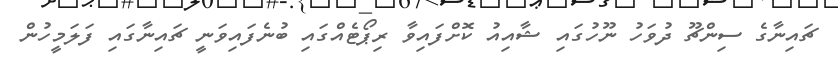
ޗައިނާގެ ސިންޗޫ ދުވަހު ނޫހުގައި ޝާއިއު ކޮށްފައިވާ ރިޕޯޓެއްގައި ބުނެފައިވަނީ ޗައިނާގައި ފަލަމީހުން